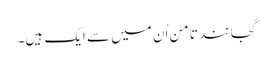
گجانند تامن اُن میں سے ایک ہیں۔